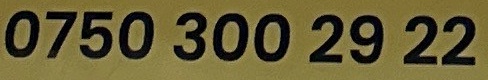
0750 300 2922